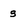
Character: s